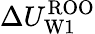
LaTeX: \Delta U_{\mathrm{W1}}^{\mathrm{ROO}}